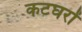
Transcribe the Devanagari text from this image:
कटघरों